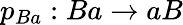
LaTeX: p_{Ba}:Ba\rightarrow aB